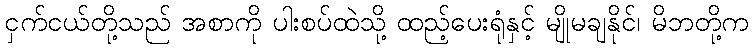
ငှက်ငယ်တို့သည် အစာကို ပါးစပ်ထဲသို့ ထည့်ပေးရုံနှင့် မျိုမချနိုင်၊ မိဘတို့က